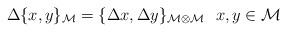
LaTeX: \begin{align*}\Delta \{ x,y\}_{{\cal M}}=\{\Delta x,\Delta y\}_{{\cal M\otimes}{\cal M}}~~x,y\in {\cal M}\end{align*}